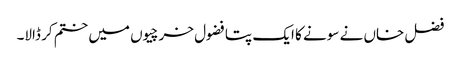
فضل خاں نے سونے کا ایک پتا فضول خرچیوں میں ختم کر ڈالا۔